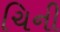
ચિની